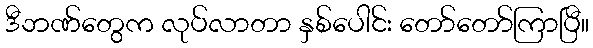
ဒီဘဏ်တွေက လုပ်လာတာ နှစ်ပေါင်း တော်တော်ကြာပြီ။